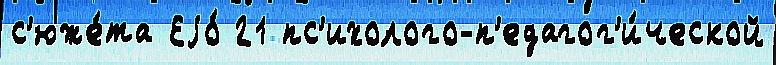
с'юже́та Еjо́ 21 пс'ихолого-п'едагог'и́ческой